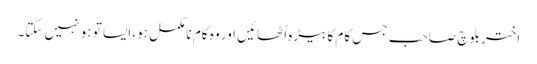
اختر بلوچ صاحب جس کام کا بیڑہ اُٹھائیں اور وہ کام نا مکمل ہو، ایسا تو ہو نہیں سکتا۔